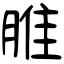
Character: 脽